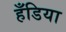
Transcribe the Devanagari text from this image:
हँडिया